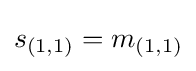
s_{(1,1)}=m_{(1,1)}